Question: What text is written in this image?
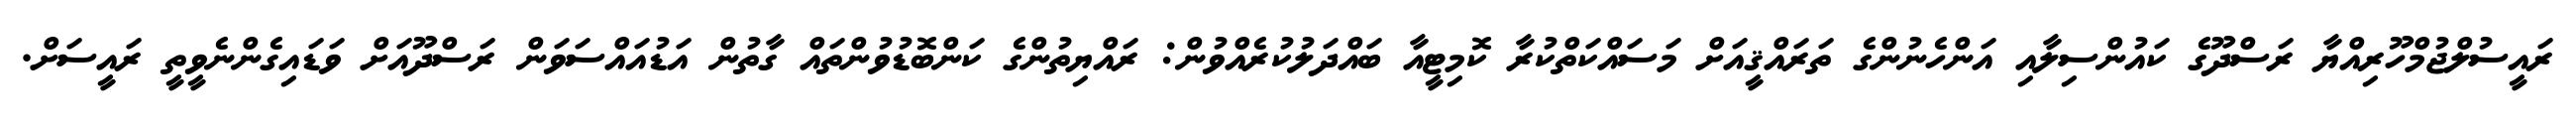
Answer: ރައީސުލްޖުމްހޫރިއްޔާ ރަސްދޫގެ ކައުންސިލާއި އަންހެނުންގެ ތަރައްޤީއަށް މަސައްކަތްކުރާ ކޮމިޓީއާ ބައްދަލުކުރެއްވުން: ރައްޔިތުންގެ ކަންބޮޑުވުންތައް ގާތުން އަޑުއައްސަވަން ރަސްދޫއަށް ވަޑައިގެންނެވީތީ ރައީސަށް.